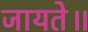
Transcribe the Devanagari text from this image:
जायते॥